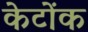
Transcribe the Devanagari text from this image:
केटोंक